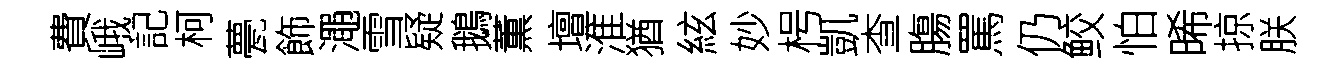
費峨記柯甍飾澠雪疑鵝薫壇淮猶絃妙枵凱查膓罵仍鲛怕晞掠朕